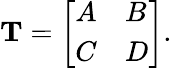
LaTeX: \mathbf{T}=\left[\begin{array}{ll}{A}&{B}\\ {C}&{D}\end{array}\right].